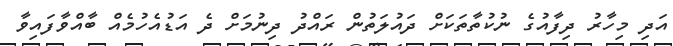
އަދި މިހާރު ދިފާއުގެ ނުކުތާތަކަށް ދައުލަތުން ރައްދު ދިނުމަށް ދެ އަޑުއެހުމެއް ބާއްވާފައިވާ